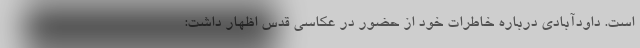
است. داودآبادی درباره خاطرات خود از حضور در عکاسی قدس اظهار داشت: